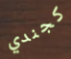
كجندي